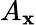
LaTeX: A_{\mathbf{x}}